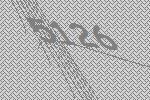
5126